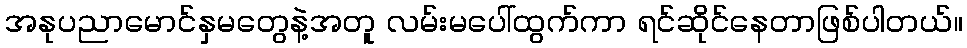
အနုပညာမောင်နှမတွေနဲ့အတူ လမ်းမပေါ်ထွက်ကာ ရင်ဆိုင်နေတာဖြစ်ပါတယ်။